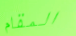
المقام